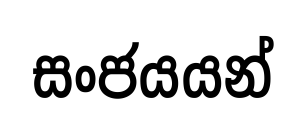
සංජයයන්